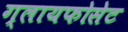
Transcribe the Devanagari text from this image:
ग्लायफोसेट